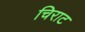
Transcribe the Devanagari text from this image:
चिराट